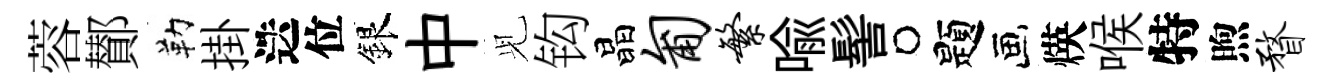
蓉鄼勒掛迭位銀中𫤗钩晶匍繁喻髻题煐喉特煦瞀